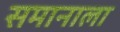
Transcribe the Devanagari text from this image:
समानाला